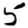
Digit: 5